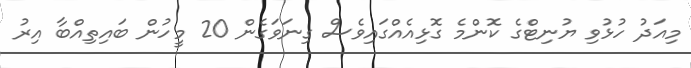
މިއަދު ހުޅުވި ޔުނިޓްގެ ކޮންމެ ގޮޅިއެއްގައިވެސް ގިނަވަގެން 20 މީހުން ބައިތިއްބާ އިރު